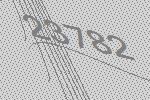
23782